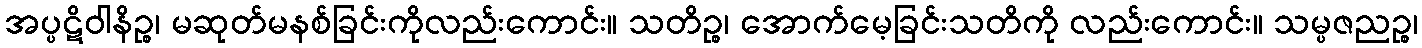
အပ္ပဋိဝါနိဉ္စ၊ မဆုတ်မနစ်ခြင်းကိုလည်းကောင်း။ သတိဉ္စ၊ အောက်မေ့ခြင်းသတိကို လည်းကောင်း။ သမ္ပဇညဉ္စ၊